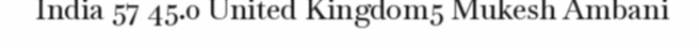
India 57 45.0 United Kingdom5 Mukesh Ambani